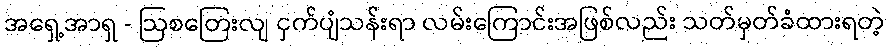
အရှေ့အာရှ - ဩစတြေးလျ ငှက်ပျံသန်းရာ လမ်းကြောင်းအဖြစ်လည်း သတ်မှတ်ခံထားရတဲ့